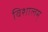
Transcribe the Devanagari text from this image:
विशालम्